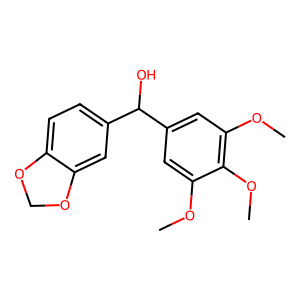
SMILES: COc1cc(C(O)c2ccc3c(c2)OCO3)cc(OC)c1OC
Inhibits HIV replication: No